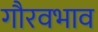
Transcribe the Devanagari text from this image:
गौरवभाव